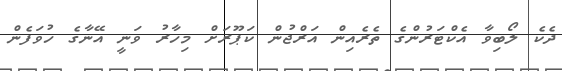
ދެކެ ލޯބިވާ އެކްޓަރުންގެ ތެރެއިން އަރްޖުން ކަޕޫރަށް މިހާރު ވަނީ އޭނާގެ ހުވަފެން